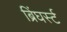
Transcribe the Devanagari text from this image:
ब्रिंघर्स्‍ट